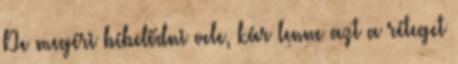
De megéri bíbelődni vele, kár lenne azt a réteget